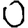
Digit: 0